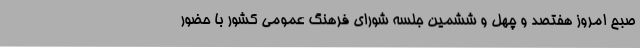
صبح امروز هفتصد و چهل و ششمین جلسه شورای فرهنگ عمومی کشور با حضور